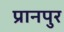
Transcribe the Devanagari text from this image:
प्रानपुर